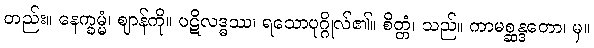
တည်း။ နေက္ခမ္မံ၊ ဈာန်ကို။ ပဋိလဒ္ဓဿ၊ ရသောပုဂ္ဂိုလ်၏။ စိတ္တံ၊ သည်။ ကာမစ္ဆန္ဒတော၊ မှ။